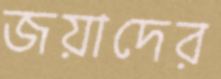
জয়াদের